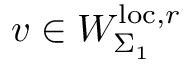
v \in W _ { \Sigma _ { 1 } } ^ { \mathrm { l o c } , r }